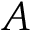
A